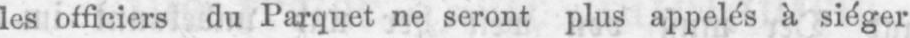
les officiers du Parquet ne seront plus appelés à siéger